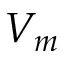
V _ { m }